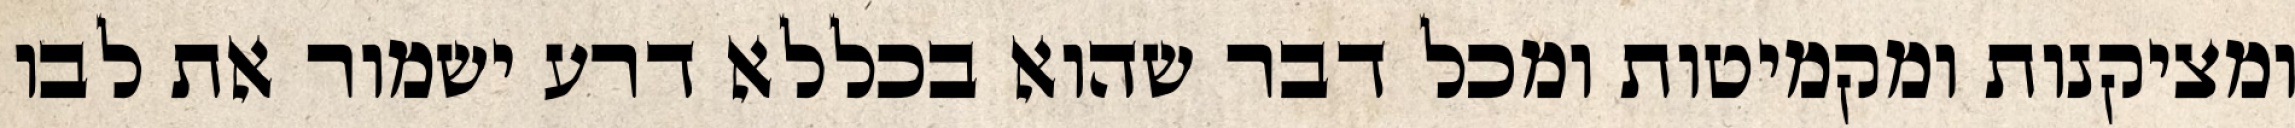
ומציקנות ומקמיטות ומכל דבר שהוא בכללא דרע ישמור את לבו